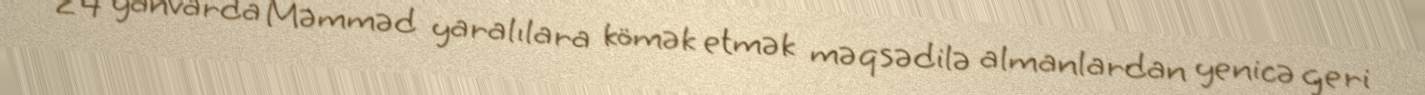
24 yanvarda Məmməd yaralılara kömək etmək məqsədilə almanlardan yenicə geri